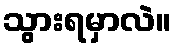
သွားရမှာလဲ။